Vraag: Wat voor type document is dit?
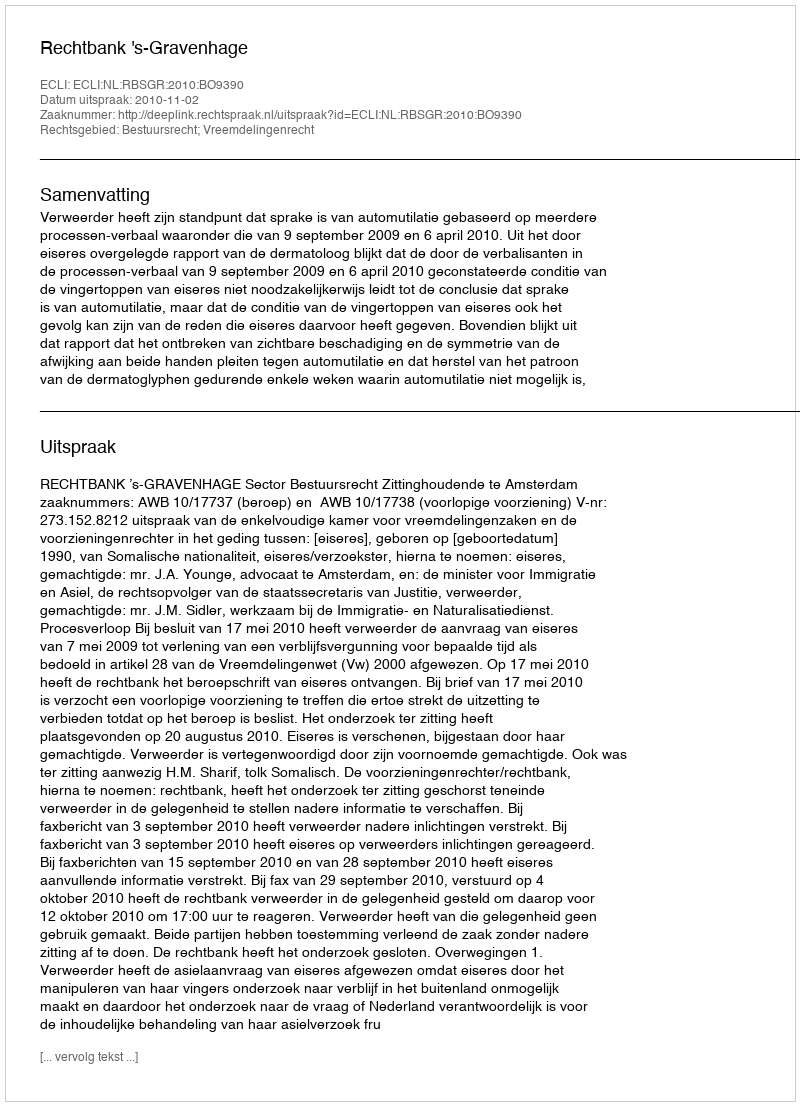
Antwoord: Uitspraak